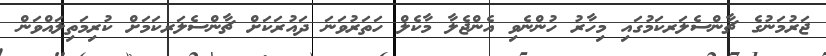
ޖަރުމަނުގެ ޗާންސެލަރކަމުގައި މިހާރު ހުންނެވި އެންޖެލާ މާކެލް ހަތަރުވަނަ ދައުރަކަށް ޗާންސެލަރކަމަށް ކުރިމަތިލައްވަން